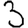
Digit: 3